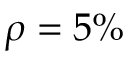
\rho = 5 \%